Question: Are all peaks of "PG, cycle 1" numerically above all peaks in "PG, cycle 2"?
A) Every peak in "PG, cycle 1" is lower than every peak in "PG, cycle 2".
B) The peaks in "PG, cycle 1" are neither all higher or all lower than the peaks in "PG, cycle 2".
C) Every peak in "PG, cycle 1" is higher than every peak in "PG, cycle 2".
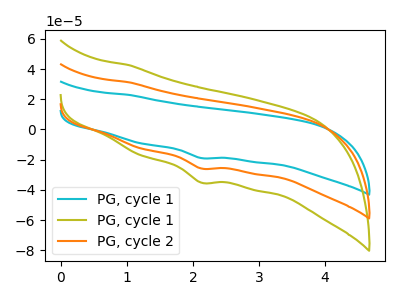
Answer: <think>The cyan curve "PG, cycle 1" has a cathodic peak at: (2.15V, -51.60uA). The olive curve "PG, cycle 1" has a cathodic peak at: (2.15V, -35.20uA). The orange curve "PG, cycle 2" has a cathodic peak at: (2.15V, -25.80uA).</think>
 <answer>C) Every peak in "PG, cycle 1" is higher than every peak in "PG, cycle 2".</answer>
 <eval>C</eval>